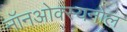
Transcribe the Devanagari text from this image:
नॉनओक्स्यनोल